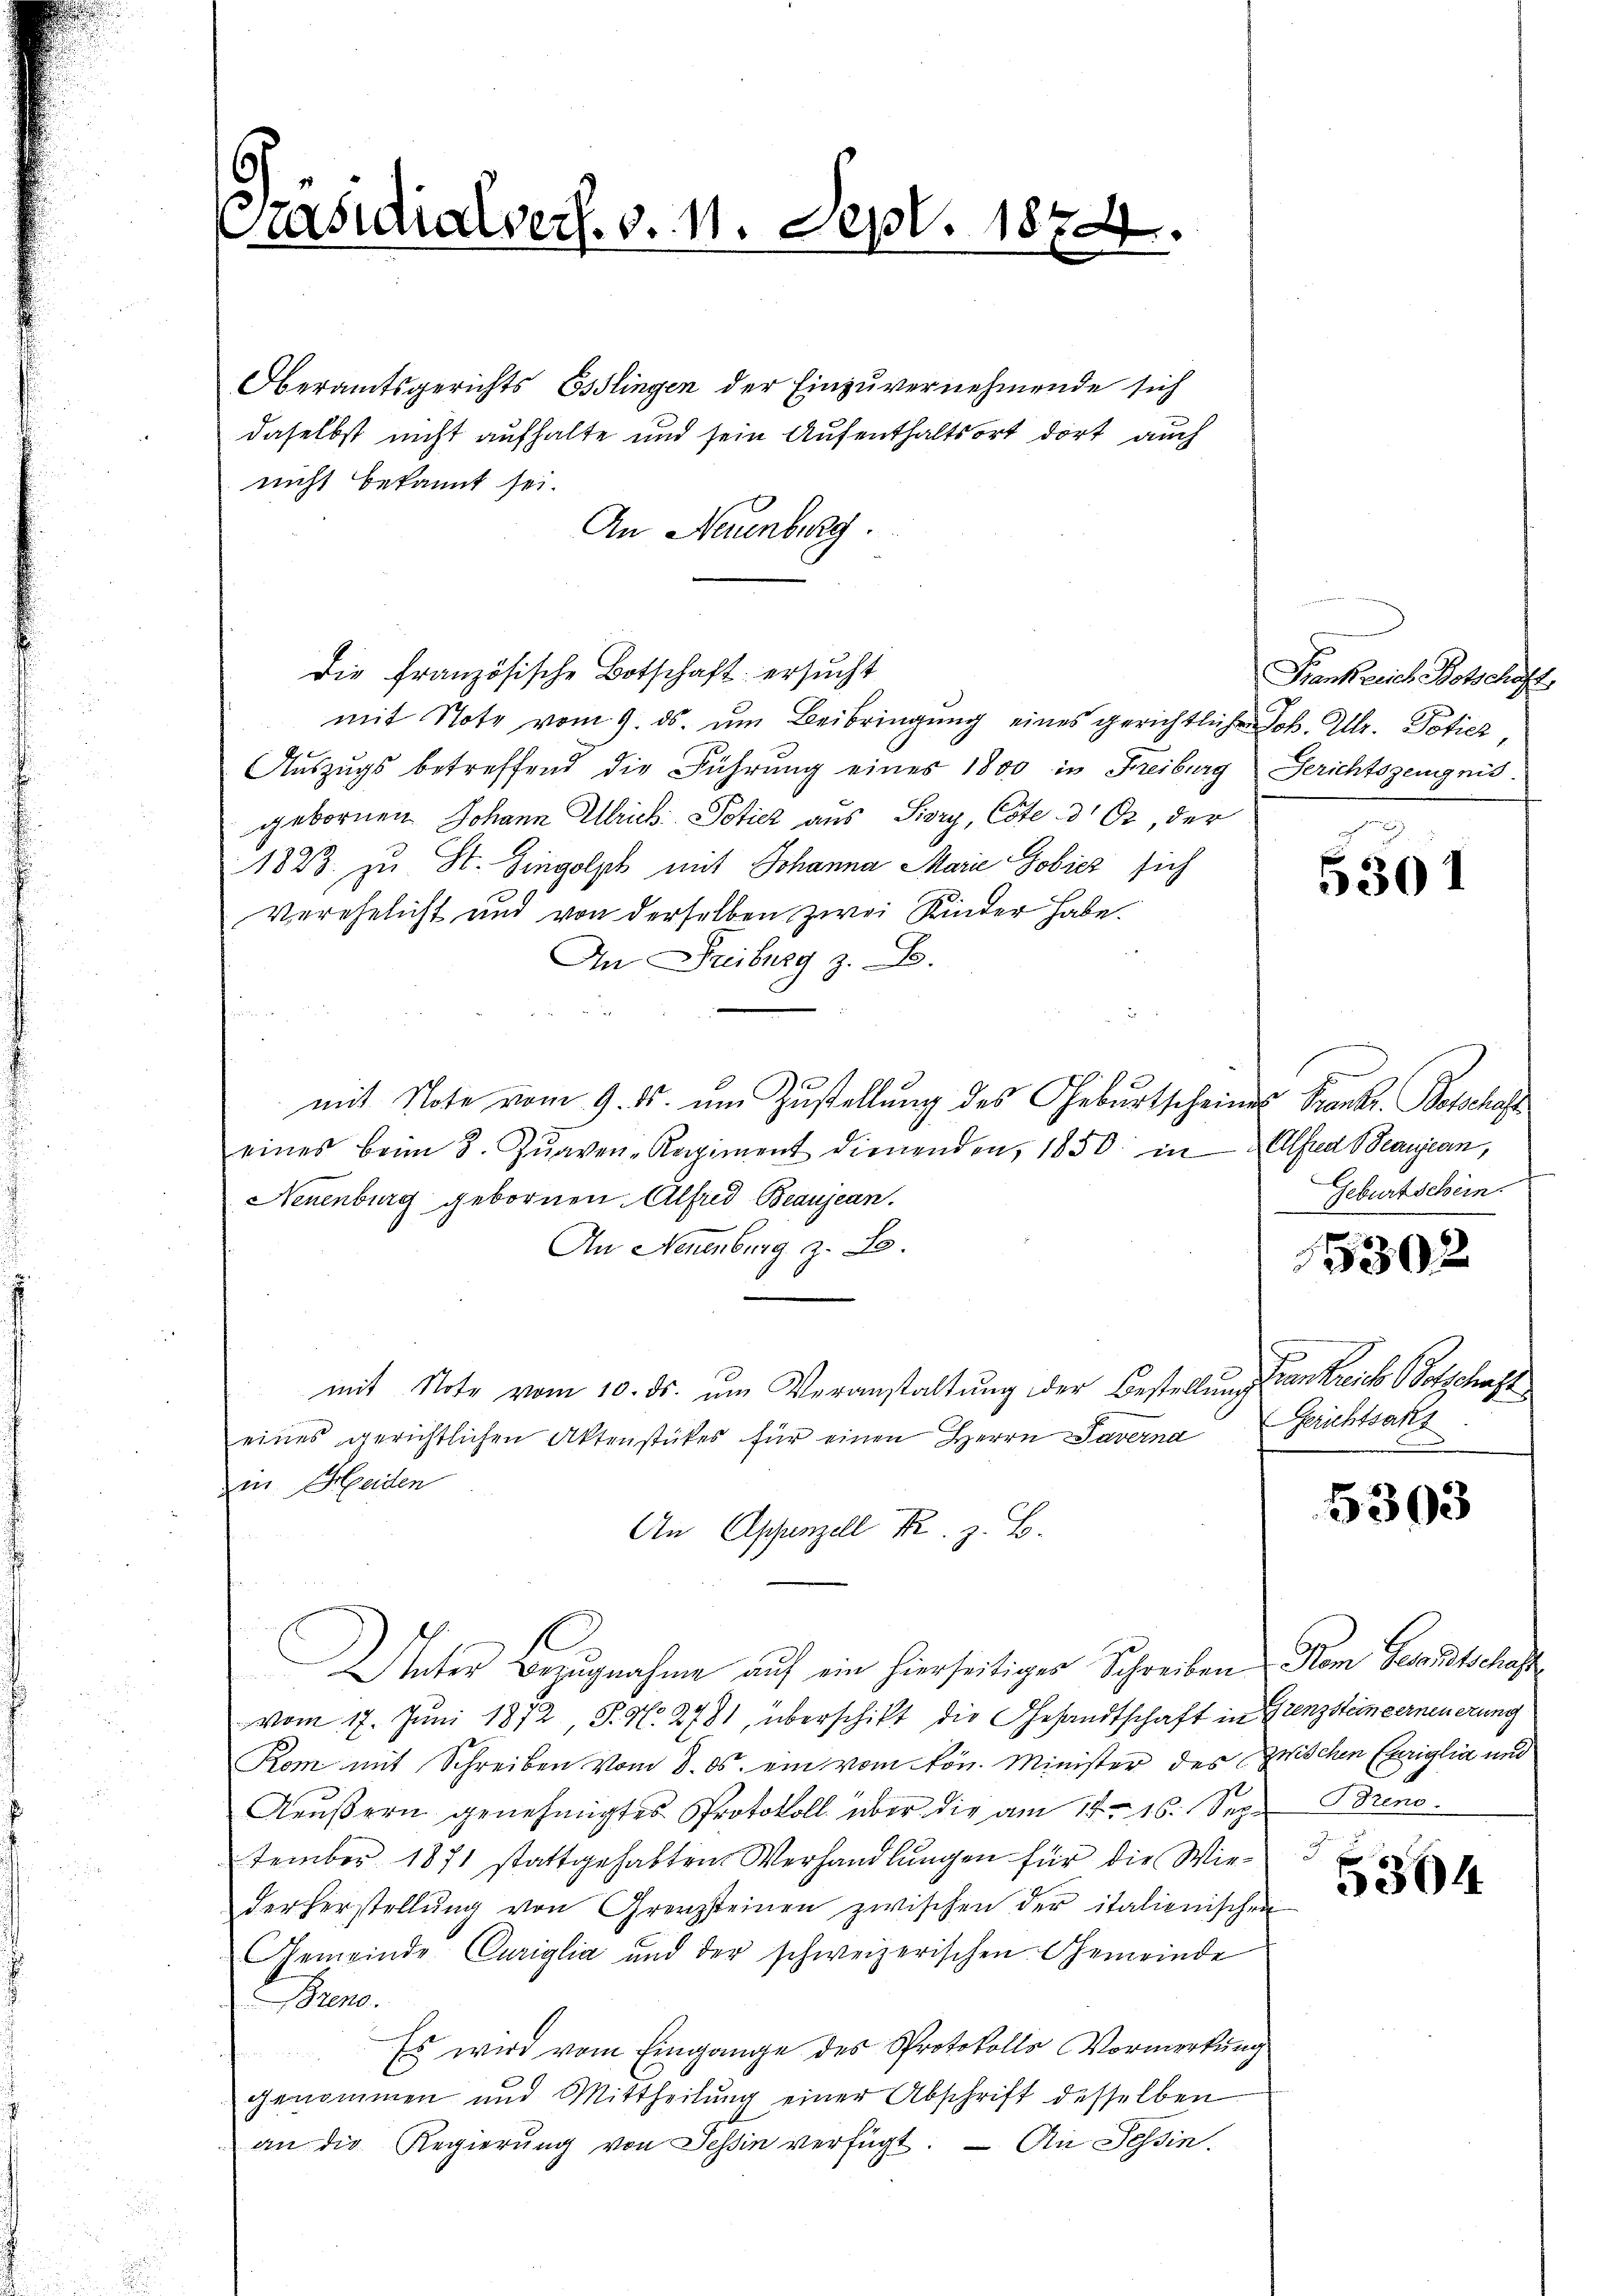
Präsidialvers. v. 11. Sept. 1874.
.

Oberamtsgerichts Esslingen der Einzuvernehmende sich
daselbst nicht aufhalte und sein Aufenthaltsort dort auch
nicht bekannt sei.
An Neuenburg.
Die französische Botschaft ersucht
mit Note vom 9. ds. ŭm Beibringŭng eines gerichtlichen Joh. Ulr. Potiez,
Auszugs betreffend die Führung eines 1800 in Freiburg Gerichtszeugnis.
gebornen Johann Ulrich Potick aus Siory, Cote der, der
1823. zu St. Gingolph mit Johanna Marie Gobicz sich
Verehelicht und von derselben zwei Kinder habe.
An Fribourg z. B.
mit Note vom 9. ds. um Zustellung des Geburtscheines Frankt. Betschaft
eines beim 8. Jŭaven-Regiment dienenden, 1850 in Alfred Beaujean,
Neuenburg gebornen. Alfred Beaujean.
An Neuenburg z. B.
mit Note vom 10. ds. ŭm Veranstaltung der Bestellung anreich Botschaft
eines gerichtlichen Aktenstückes für einen Herrn Saverna
in Heiden
An Appenzell Fr. z. B.
A
C
Unter Bezugnahme auf ein hierseitiger Schreiben Rom Gesandtschaft
vom 17. Juni 1872 P. N. 2781, überschikt die Gesandtschaft in Grenzstein verneuerung
Rom mit Schreiben vom 8. ds. ein vom kön. Minister des Zwischen Cariglia und
Aeußern genehmigtes Protokoll über die am 14. 16. September 1871 stattgehabten Verhandlungen für die Wiederherstellŭng von Grenzsteinen zwischen der italienischen
Gemeinde Cariglia und der schweizerischen Gemeinde
Bere
Es wird vom Eingange des Protokolls Vormerkung
genommen und Mittheilung einer Abschrift desselben
an die Regierŭng von Tessin verfügt. — An Tessin.

Frankreich Botschäft

5301

Geburtschein.

5302

Gerichtsants

5393

Brend.

5304